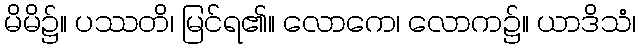
မိမိ၌။ ပဿတိ၊ မြင်ရ၏။ လောကေ၊ လောက၌။ ယာဒိသံ၊